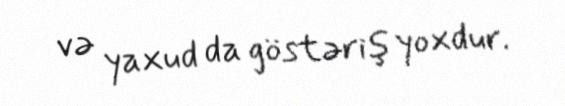
və yaxud da göstəriş yoxdur.